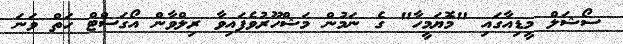
ސޯޝަލް މީޑިއާގައި "މޮޔަމީހާ" ގެ ނަމުން މަޝްހޫރުވެފައިވާ ރިލްވާން އޯގަސްޓް ހަތް ވަނަ